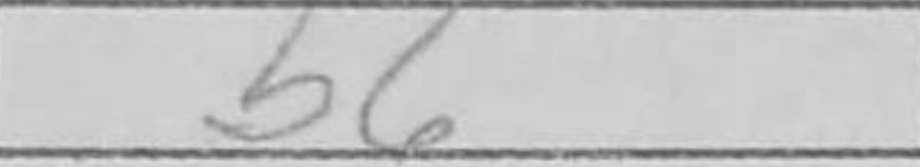
Transcription: b6